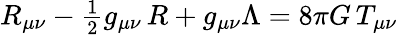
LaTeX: \textstyle R_{\mu\nu}-{\frac{1}{2}}g_{\mu\nu}\, R+g_{\mu\nu}\Lambda=8\pi G\, T_{\mu\nu}